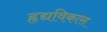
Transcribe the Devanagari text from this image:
हृद्यविकास